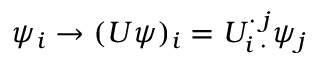
\psi _ { i } \rightarrow ( U \psi ) _ { i } = U _ { i \; \cdot } ^ { \cdot \; j } \psi _ { j }